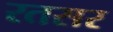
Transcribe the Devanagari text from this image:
रतसर